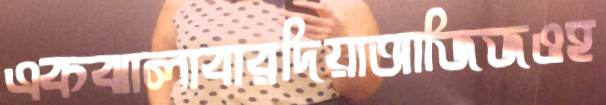
একঝালাবারদিয়াআজিজওহ